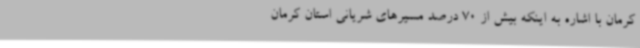
کرمان با اشاره به اینکه بیش از 70 درصد مسیرهای شریانی استان کرمان